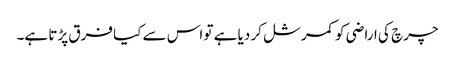
چرچ کی اراضی کو کمرشل کر دیا ہے تو اس سے کیا فرق پڑتا ہے۔